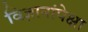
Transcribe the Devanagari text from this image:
विज्ञानांपेक्षा